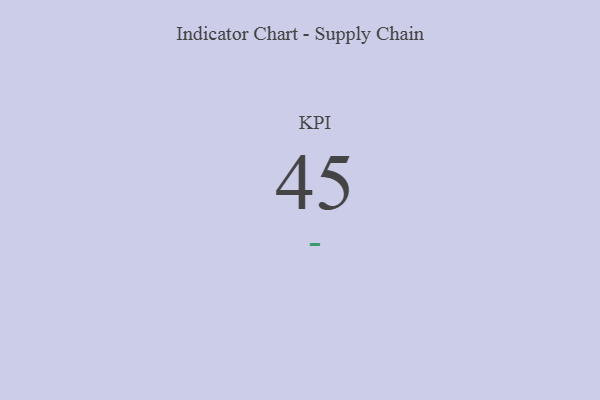
{"axis": {"x": "KPI", "y": "Value"}, "legend": [""], "data": [{"x": "KPI", "y": 45, "type": ""}]}